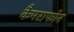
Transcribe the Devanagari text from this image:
कैमराफोन